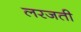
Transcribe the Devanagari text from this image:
लरजती